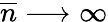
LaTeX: \overline{{n}}\longrightarrow\infty